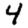
Digit: 4